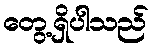
တွေ့ရှိပါသည်